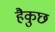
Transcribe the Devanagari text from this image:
हैकुछ